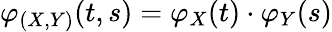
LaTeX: \varphi_{(X,Y)}(t,s)=\varphi_{X}(t)\cdot\varphi_{Y}(s)